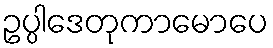
ဥပ္ပါဒေတုကာမောပေ